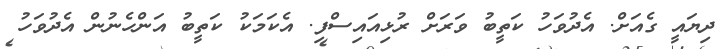
ދިޔައީ ގެއަށް. އެދުވަހު ކަތީބު ވަރަށް ރުޅިއައިސްފި. އެކަމަކު ކަތީބު އަންހެނުން އެދުވަހު